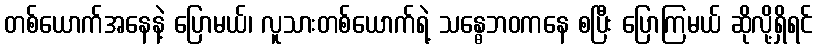
တစ်ယောက်အနေနဲ့ ပြောမယ်၊ လူသားတစ်ယောက်ရဲ့ သန္ဓေဘဝကနေ စပြီး ပြောကြမယ် ဆိုလို့ရှိရင်